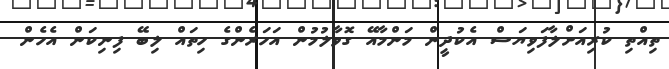
ތިއްތި ކުރިއަށްލާފަވިޔަސް އެކުދީން މަންމާއޭ ގޮވާލުމުން އަހަރެންގެ ހިތައް ލިބޭ ފިނިކަން އެހެން